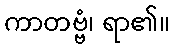
ကာတဗ္ဗံ၊ ရာ၏။